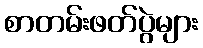
စာတမ်းဖတ်ပွဲများ